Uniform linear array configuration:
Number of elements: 8
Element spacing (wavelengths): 1
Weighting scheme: kaiser
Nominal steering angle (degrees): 30
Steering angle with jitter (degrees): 30.923
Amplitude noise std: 0.05
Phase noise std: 0.05

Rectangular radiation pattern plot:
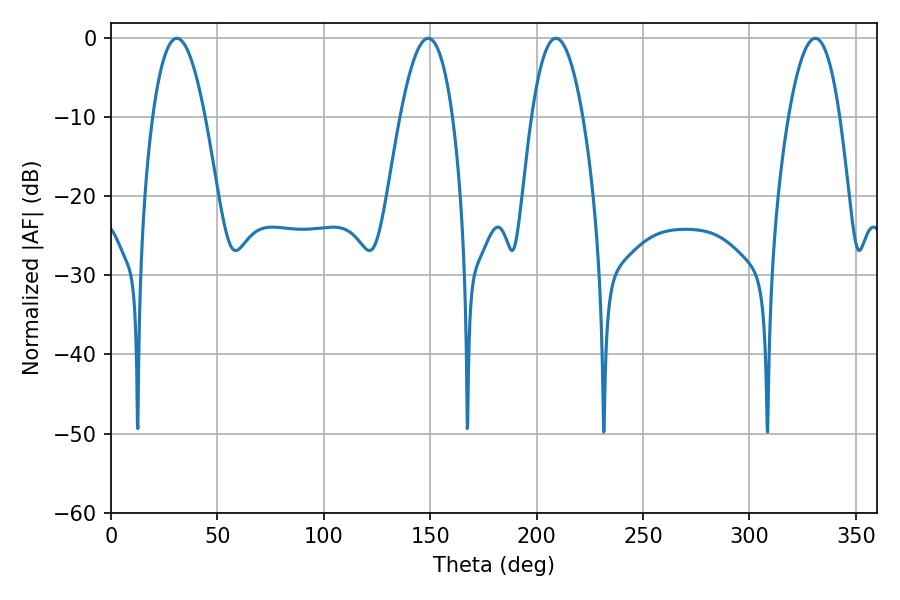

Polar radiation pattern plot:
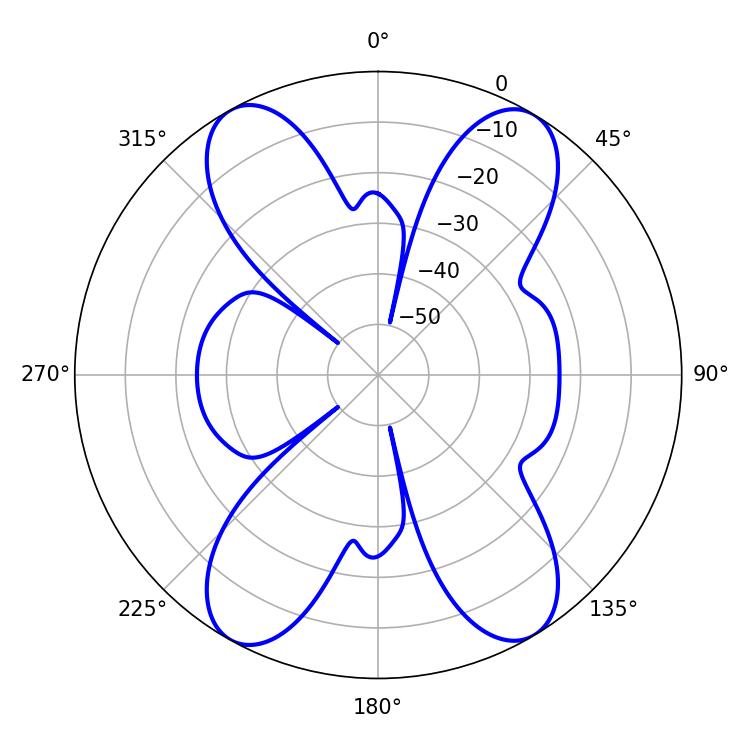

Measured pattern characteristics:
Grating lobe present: TRUE
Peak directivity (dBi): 19.432
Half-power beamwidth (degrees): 13.5
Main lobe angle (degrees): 30.96